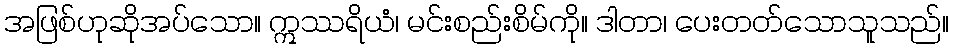
အဖြစ်ဟုဆိုအပ်သော။ ဣဿရိယံ၊ မင်းစည်းစိမ်ကို။ ဒါတာ၊ ပေးတတ်သောသူသည်။